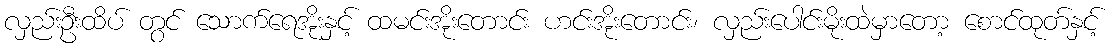
လှည်းဦးထိပ် တွင် သောက်ရေအိုးနှင့် ထမင်းအိုးတောင်း ဟင်းအိုးတောင်း၊ လှည်းပေါင်းမိုးထဲမှာတော့ စောင်ထုတ်နှင့်